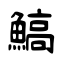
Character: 鰝